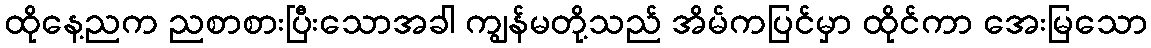
ထိုနေ့ညက ညစာစားပြီးသောအခါ ကျွန်မတို့သည် အိမ်ကပြင်မှာ ထိုင်ကာ အေးမြသော